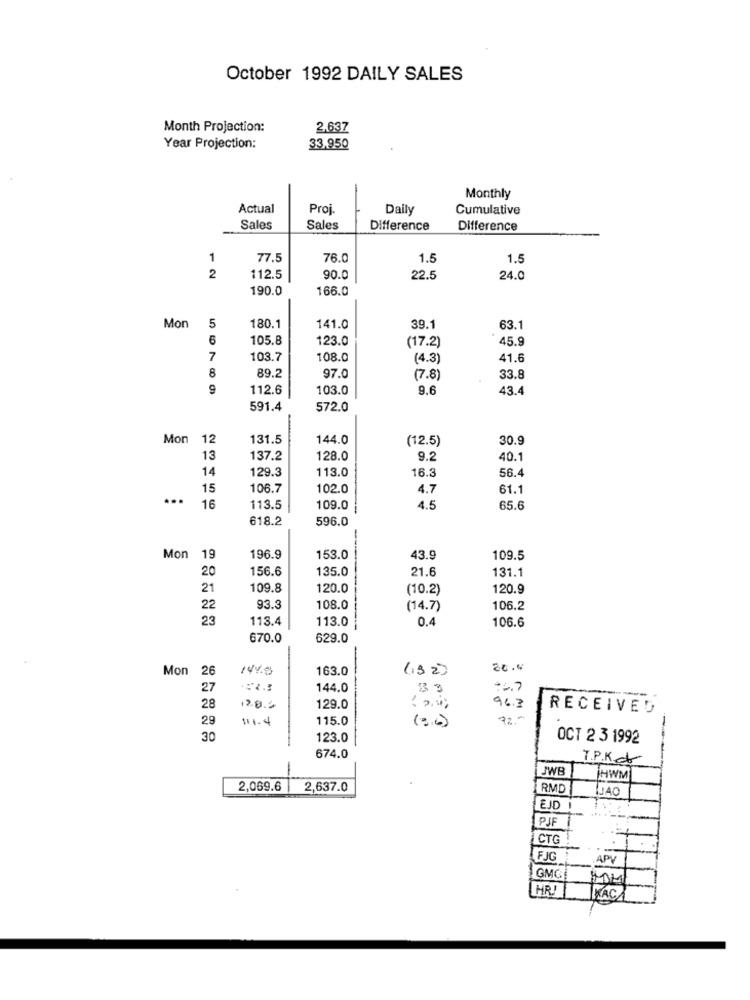
October 1992 DAILY SALES
Month Projection:
2,637
Year Projection:
33,950
Monthly
Actual
Proj.
Daily
Cumulative
Sales
Sales
Difference
Difference
1
77.5
76.0
1.5
1.5
2
112.5
90.0
22.5
24.0
190.0
166.0
Mon
5
180.1
141.0
39.1
63.1
6
105.8
123.0
(17.2)
45.9
7
103.7
108.0
(4.3)
41.6
8
89.2
97.0
(7.8)
33.8
9
112.6
103.0
9.6
43.4
591.4
572.0
Mon 12
131.5
144.0
(12.5)
30.9
13
137.2
128.0
9.2
40.
14
16.3
56.4
129.3
113.0
15
106.7
102.0
4.7
61.1
...
16
113.5
109.0
4.5
65.6
618.2
596.0
Mon 19
196.9
153.0
43.9
109.5
20
156.6
135.0
21.6
131.1
21
109.8
120.0
(10.2)
120.9
22
93.3
108.0
(14.7)
106.2
23
113.4
113.0
0.4
106.6
670.0
629.0
Mon 26
14%9
163.0
(32)
27
144.0
83
96.7
28
12.8.2
129.0
RECEIVED
29
111.4
115.0
7 ,-
( 3.6 )
-
30
123.0
OCT 2 3 1992
674.0
T.P.K.
JWB
İHWM
2,069.6 2,637.0
IRMD
EJD
PJF
=
CTG
FJG
APV
GMG
HR!
Tras